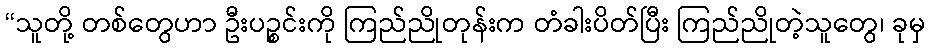
“သူတို့ တစ်တွေဟာ ဦးပဉ္စင်းကို ကြည်ညိုတုန်းက တံခါးပိတ်ပြီး ကြည်ညိုတဲ့သူတွေ၊ ခုမှ